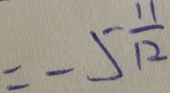
= - 5 \frac { 1 1 } { 1 2 }